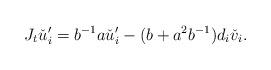
LaTeX: \begin{align*}J_t \check{u}'_i=b^{-1}a\check{u}'_i -(b+a^2b^{-1})d_i\check{v}_i.\end{align*}